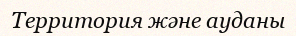
Территория және ауданы